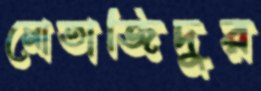
মোতাজিদুর